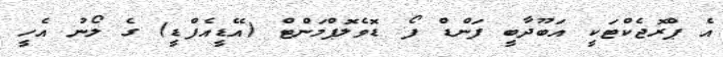
އެ ޕްރޮޖެކްޓަކީ އަބޫދާބީ ފަންޑް ފޯ ޑޮވެލޮޕްމަންޓް (އޭޑީއެފްޑީ) ގެ ލޯނު އެހީ